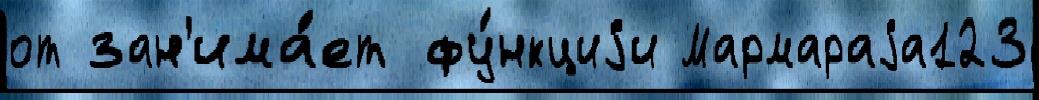
от зан'има́ет фу́нкциjи Мармараjа123